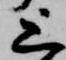
上